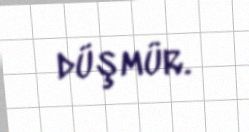
düşmür.